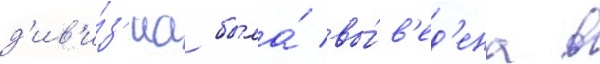
д'ив'и́з'иа была́ вы́в'ед'ена в